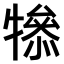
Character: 𤛤